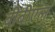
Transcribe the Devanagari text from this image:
बीबीएल